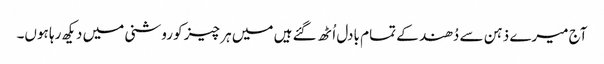
آج میرے ذہن سے دُھند کے تمام بادل اُٹھ گئے ہیں میں ہر چیز کو روشنی میں دیکھ رہا ہوں۔